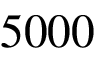
5 0 0 0